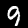
Label: 9